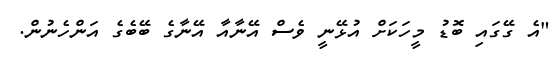
"އެ ގޭގައި ބޮޑު މީހަކަށް އުޅޭނީ ވެސް އޭނާއާ އޭނާގެ ބޭބެގެ އަންހެނުން.